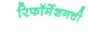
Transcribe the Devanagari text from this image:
रिफॉर्मेशनची